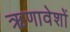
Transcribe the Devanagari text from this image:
ऋणावेशों